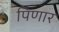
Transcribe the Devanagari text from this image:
पिणार